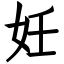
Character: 妊